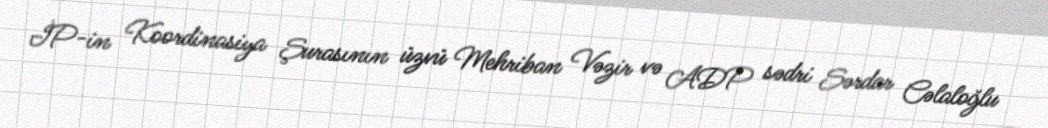
İP-in Koordinasiya Şurasının üzvü Mehriban Vəzir və ADP sədri Sərdar Cəlaloğlu